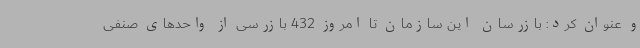
و عنوان کرد: بازرسان این سازمان تا امروز 432 بازرسی از واحدهای صنفی